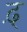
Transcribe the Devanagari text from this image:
ढ़्